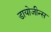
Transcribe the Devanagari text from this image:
डायोजीन्स